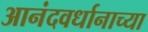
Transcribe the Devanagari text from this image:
आनंदवर्धानाच्या